Report of the Indian Hemp Drugs Commission, 1894-1895 - Volume VI
Year: 1894
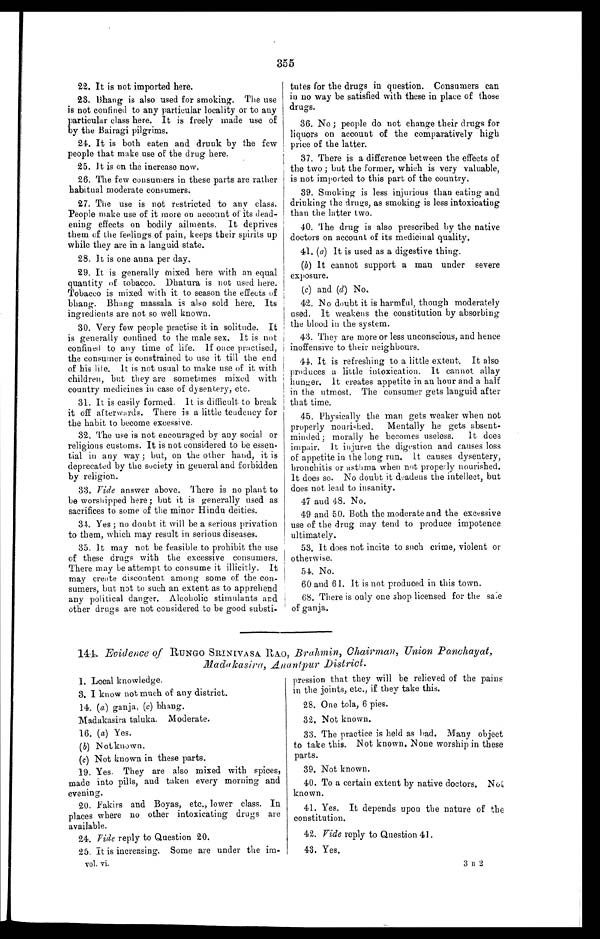
355
22. It is not imported here.
23.
Bhang is also used for smoking. The use
is not confined to any particular locality or to any
particular class here. It is freely made use of
by the Bairagi pilgrims.
24. It is both eaten. and drunk by the few
people that make use of the drug here.
25. It is on the increase now.
26. The few consumers in these parts are rather
habitual moderate consumers.
27. The use is not restricted to an y class.
People make use of it more on account of its dead-
ening effects on bodily ailments. It deprives
them of the feelings of pain, keeps their spirits up
while they are in a languid state.
28. It is one anna per day.
29. It is generally mixed here with an equal
quantity of tobacco. Dhatura is not used here.
Tobacco is mixed with it to season the effects of
bhang. Bhang massala is also sold here. Its
ingredients are not so well known.
30. Very few people practise it in solitude. It
is generally confined to the male sex. It is not
confined to any time of life. If once practised,
the consumer is constrained to use it till the end
o f h i s l i f e . I t i s n o t u s u a l t o ma k e u s e o f i t w i t h
children, but they are sometimes mixed with
country medicines in case of dysentery, etc.
31. It is easily formed. It is difficult to break
it off afterwards. There is a little tendency for
the habit to become excessive.
32. The use is not encouraged by any social or
religious customs. It is not considered to be essen-
tial in any way ; but, on the other hand, it is
deprecated by the society in general and forbidden
by religion.
33.
Vide answer above. There is no plant to
be worshipped here ; but it is generally used as
sacrifices to some of the minor Hindu deities.
34. Yes ; no doubt it will be a serious privation
to them, which may result in serious diseases.
35. It may not be feasible to prohibit the use
of these drugs with the excessive consumers.
There may be attempt to consume it illicitly. It
may create discontent among some of the con-
sumers, but not to such an extent as to apprehend
any political danger. Alcoholic stimulants and
other drugs are not considered to be good substi-
tutes for the drugs in question. Consumers can
in no way be satisfied with these in place of those
drugs.
36. No ; people do not change their drugs for
liquors on account of the comparatively high
price of the latter.
37. There is a difference between the effects of
the two ; but the former, which is very valuable,
is not imported to this part of the country.
39. Smoking is less injurious than eating and
drinking the drugs, as smoking is less intoxicating
than the latter two.
40.
The drug is also prescribed by the native
doctors on account of its medicinal quality.
41. (a) It is used as a digestive thing.
(b)
It cannot support a man under severe
exposure.
(c) and (d) No.
42. No doubt it is harmful, though moderately
used. It weakens the constitution by absorbing
the blood in the system.
43. They are more or less unconscious, and hence
inoffensive to their neighbours.
44. It is refreshing to a little extent. It also
produces a little intoxication. It cannot allay
hunger. It creates appetite in an hour and a half
in the utmost. The consumer gets languid after
that time.
45. Physically the man gets weaker when not
properly nourished. Mentally he gets absent
-
minded; morally he becomes useless. It does
impair. It injures the digestion and causes loss
of appetite in the long run. It causes dysentery,
bronchitis or asthma when not properly nourished.
It does so. No doubt it deadens the intellect, but
does not lead to insanity.
47 and 48. No.
49 and 50. Both the moderate and the excessive
use of the drug may tend to produce impotence
ultimately.
53. It does not incite to such crime, violent or
otherwise.
54. No.
60 and 61. It is not produced in this town.
68. There is only one shop licensed for the sale
of ganja.
144. Evidence of RUNGO SRINIVASA RAO, Brahmin, Chairman, Union Panchayat,
Madakasira, Anantpur District.
1. Local knowledge.
3. I know not much of any district.
14. (a) ganja, (c) bhang.
Madakasira taluka. Moderate.
16. (a) Yes.
(b) Not known.
(c) Not known in these parts.
19. Yes. They are also mixed with spices,
made into pills, and taken every morning and
evening.
20. Fakirs and Boyas, etc., lower class. In
places where no other intoxicating drugs are
available.
24. Vide reply to Question 20.
25. It is increasing. Some are under the im-
vol. vi.
pression that they will be relieved of the pains
in the joints, etc., if they take this.
28. One tola, 6 pies.
32. Not known.
33. The practice is held as bad. Many object
to take this. Not known. None worship in these
parts.
39. Not known.
40. To a certain extent by native doctors. Not
known.
41. Yes. It depends upon the nature of the
constitution.
42. Vide reply to Question 41.
43. Yes.
3 B 2